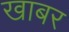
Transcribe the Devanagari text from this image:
खाबर